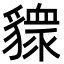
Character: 䝦